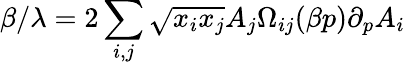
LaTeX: \beta/\lambda=2\sum_{i,j}\sqrt{x_{i}x_{j}}A_{j}\Omega_{ij}(\beta p)\partial_{p}A_{i}